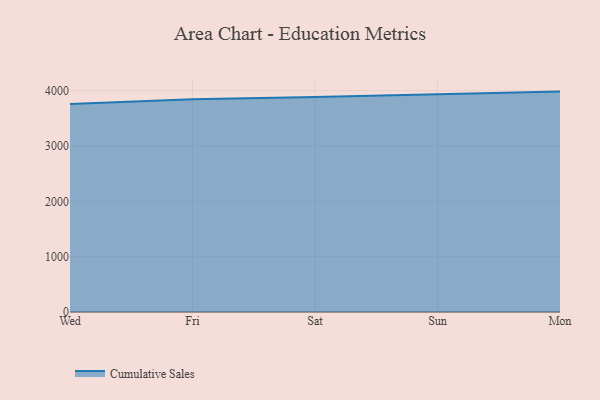
{"axis": {"x": "Day", "y": "Website Visitors"}, "legend": ["Cumulative Sales"], "data": [{"x": "Wed", "y": 3759.2, "type": "Cumulative Sales"}, {"x": "Fri", "y": 3845.3, "type": "Cumulative Sales"}, {"x": "Sat", "y": 3885.1, "type": "Cumulative Sales"}, {"x": "Sun", "y": 3932.3, "type": "Cumulative Sales"}, {"x": "Mon", "y": 3983.8, "type": "Cumulative Sales"}]}